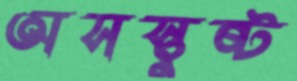
অসস্তুষ্ট